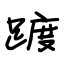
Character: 踱